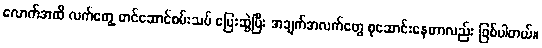
လောက်အထိ လက်တွေ့ တင်ဆောင်စမ်းသပ် ပြေးဆွဲပြီး အချက်အလက်တွေ စုဆောင်းနေတာလည်း ဖြစ်ပါတယ်။